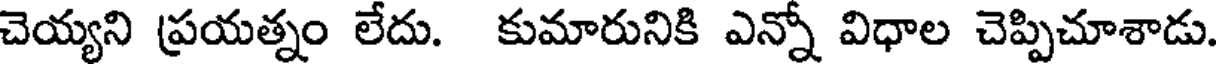
చెయ్యని ప్రయత్నం లేదు. కుమారునికి ఎన్నో విధాల చెప్పిచూశాడు.